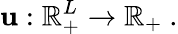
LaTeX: \mathbf{u}:\mathbb{{R}}_{+}^{L}\rightarrow\mathbb{{R}}_{+}\ .